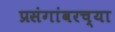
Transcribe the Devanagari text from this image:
प्रसंगांवरच्या